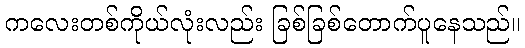
ကလေးတစ်ကိုယ်လုံးလည်း ခြစ်ခြစ်တောက်ပူနေသည်။